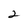
Character: 2